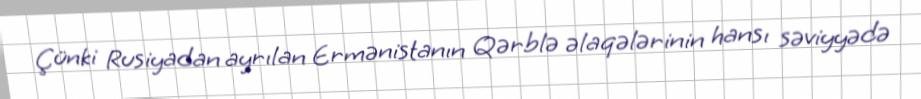
Çünki Rusiyadan ayrılan Ermənistanın Qərblə əlaqələrinin hansı səviyyədə